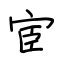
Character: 宦